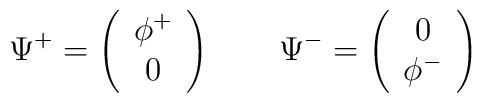
\Psi^+=\left(\begin{array}{c} \phi^+\\0 \end{array}\right)\qquad\Psi^-=\left(\begin{array}{c} 0\\\phi^- \end{array}\right)